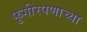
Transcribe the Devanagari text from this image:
फुगीरपणाच्या